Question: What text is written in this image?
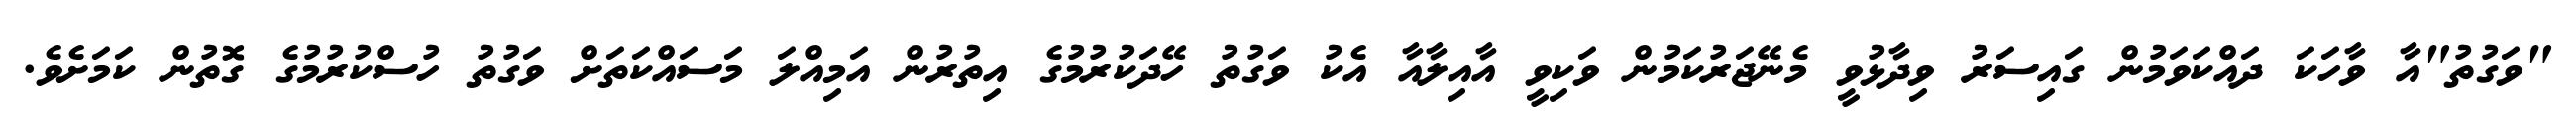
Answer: "ވަގުތު"އާ ވާހަކަ ދައްކަވަމުން ގައިސަރު ވިދާޅުވީ މެނޭޖަރުކަމުން ވަކިވީ އާއިލާއާ އެކު ވަގުތު ހޭދަކުރުމުގެ އިތުރުން އަމިއްލަ މަސައްކަތަށް ވަގުތު ހުސްކުރުމުގެ ގޮތުން ކަމަށެވެ.